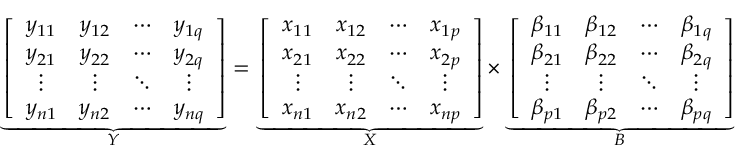
\underbrace { \left[ \begin{array} { c c c c } { y _ { 1 1 } } & { y _ { 1 2 } } & { \cdots } & { y _ { 1 q } } \\ { y _ { 2 1 } } & { y _ { 2 2 } } & { \cdots } & { y _ { 2 q } } \\ { \vdots } & { \vdots } & { \ddots } & { \vdots } \\ { y _ { n 1 } } & { y _ { n 2 } } & { \cdots } & { y _ { n q } } \end{array} \right] } _ { Y } = \underbrace { \left[ \begin{array} { c c c c } { x _ { 1 1 } } & { x _ { 1 2 } } & { \cdots } & { x _ { 1 p } } \\ { x _ { 2 1 } } & { x _ { 2 2 } } & { \cdots } & { x _ { 2 p } } \\ { \vdots } & { \vdots } & { \ddots } & { \vdots } \\ { x _ { n 1 } } & { x _ { n 2 } } & { \cdots } & { x _ { n p } } \end{array} \right] } _ { X } \times \underbrace { \left[ \begin{array} { c c c c } { \beta _ { 1 1 } } & { \beta _ { 1 2 } } & { \cdots } & { \beta _ { 1 q } } \\ { \beta _ { 2 1 } } & { \beta _ { 2 2 } } & { \cdots } & { \beta _ { 2 q } } \\ { \vdots } & { \vdots } & { \ddots } & { \vdots } \\ { \beta _ { p 1 } } & { \beta _ { p 2 } } & { \cdots } & { \beta _ { p q } } \end{array} \right] } _ { B }